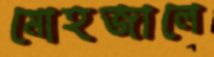
মোহজালে